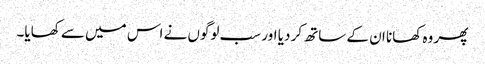
پھر وہ کھانا ان کے ساتھ کر دیا اور سب لوگوں نے اس میں سے کھایا۔